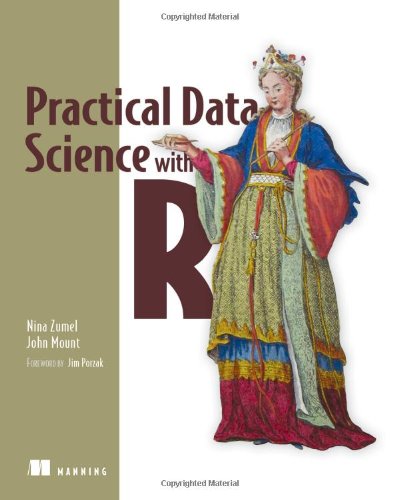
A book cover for Practical Data Science with R; Nina Zumel; Computers & Technology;